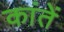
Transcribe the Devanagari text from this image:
कांतें